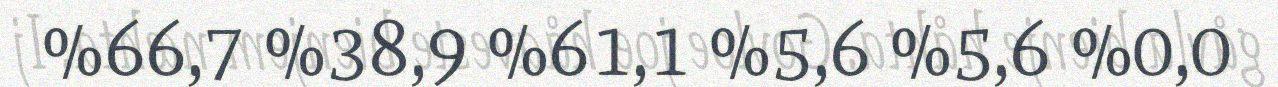
%66,7 %38,9 %61,1 %5,6 %5,6 %0,0